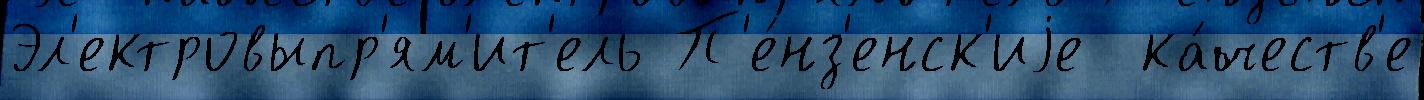
Эл'ектровыпр'ям'ит'ель П'е́нз'енск'иjе  ка́честв'е